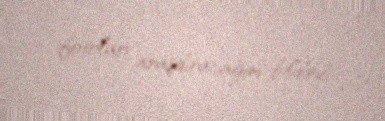
fotoları araşdıracağını bildirib.